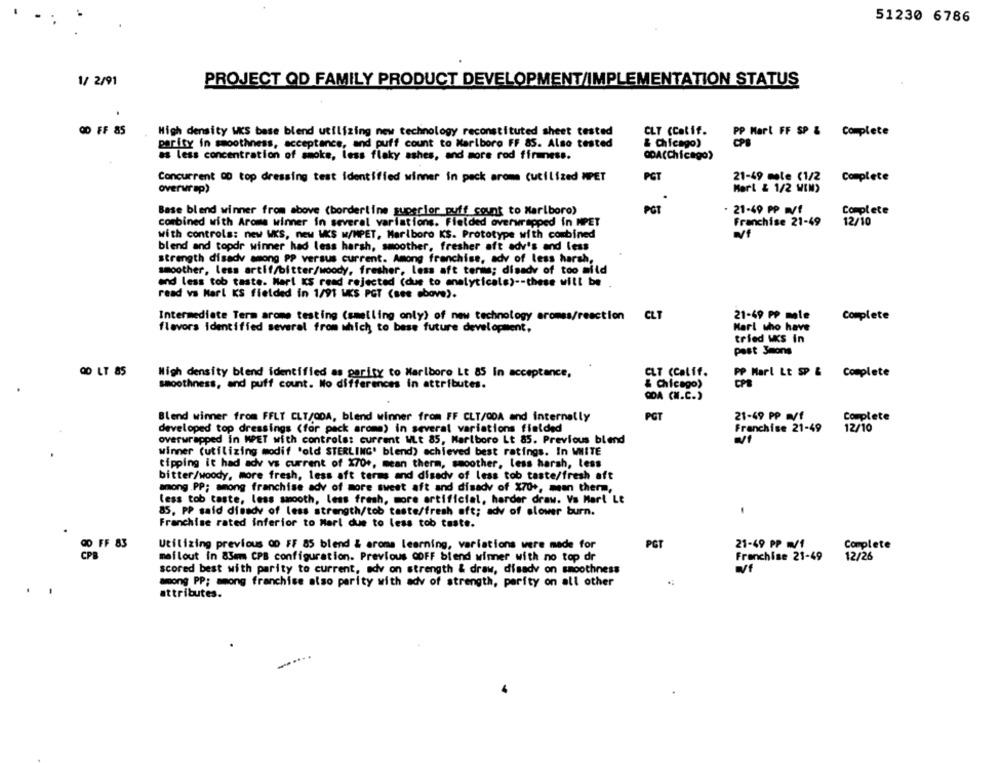
51230 6786
1/ 2/91
PROJECT QD FAMILY PRODUCT DEVELOPMENT/IMPLEMENTATION STATUS
OD FF 85
High density WKS base blend utilizing new technology reconstituted sheet tested
CLT (Calif.
PP Mart FF SP & Complete
parity in smoothness, acceptance, and puff count to Marlboro FF 85. Also tested
& Chicago)
as less concentration of smoke, less flaky ashes, and more rod firmness.
QDA(Chicago)
PCT
Concurrent 00 top dressing test identified winner in pack aroma (utilized WPET
21-49 mle (1/2
Complete
overwrap)
Mart & 1/2 MIN)
Base bland winner from above (borderline superior puff count to Marlboro)
POT
. 21-49 PP Wf
Complete
Franchise 21-49
12/10
combined with Aroma winner in several variations. Fielded overwrapped in MPET
with controls: new WKS, new WKS M/MPET, Marlboro KS. Prototype with combined
blend and topdr winner had less harsh, smoother, fresher aft adv's and less
strength disady among PP versus current. Among franchise, adv of less harsh,
smoother, less artif/bitter/woody, fresher, less aft terms; disady of too mild
and less tob taste. Mart KS read rejected (due to analyticals) -- these will be
read vs Karl KS fielded in 1/91 WKS PGT (see above).
Intermediate Term arome testing (smelling only) of new technology aromas/reaction CLT
21-49 PP male
Complete
flavors identified several from which to base future development,
Hart who have
tried us in
past 3mons
OD LT 85
High density blend identified as parity to Marlboro Lt 85 In acceptance,
CLT (Calif.
PP Marl Lt SP & Complete
smoothness, and puff count. No differences in attributes.
& Chicago)
ODA (N.C.)
Blend winner from FFLT CLT/ODA, blend winner from FF CLT/ODA and internally
PGT
21-49 PP Nf
Complete
Franchise 21-49
12/10
developed top dressings (for pack aroma) in several variations fielded
overwrapped in MPET with controls: current WLt 85, Marlboro Lt 85. Previous blend
winner (utilizing modif 'old STERLING' blend) achieved best ratings. In WHITE
tipping it had ady vs current of X70+, mean therm, smoother, less harsh, less
bitter/woody, more fresh, less aft terms and disady of less tob taste/fresh aft
among .PP; among franchise adv of more sweet aft and disady of X70+, mean therm,
less tob taste, less smooth, less fresh, more artificial, harder draw. Vs Mart Le
85, PP said dimedy of less strength/tob taste/fresh oft; adv of slower burn.
Franchise rated inferior to Marl due to less tob taste.
00 FF 83
Utilizing previous 00 FF 85 blend & aroma learning, variations were made for
PCT
21-49 PP W/1
Complete
CPB
mailout in 83mm CPB configuration. Previous COFF blend wimer with no top dr
Franchise 21-49
12/26
scored best with parity to current, adv on strength & draw, disady on smoothness
among PP; among franchise also parity with adv of strength, parity on all other
attributes.